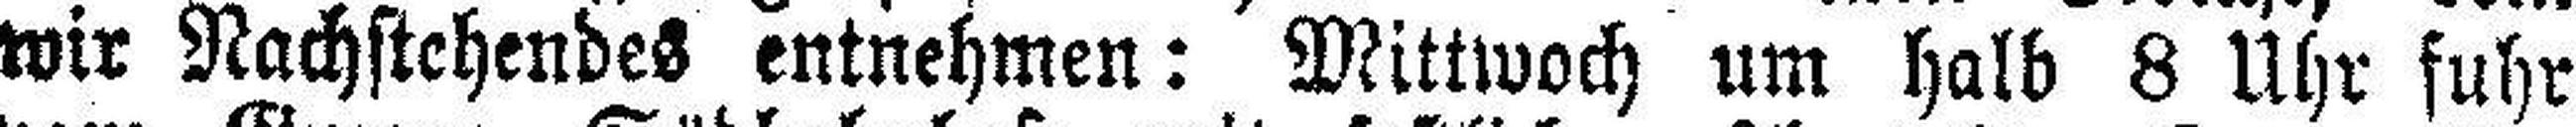
wir Nachstehendes entnehmen: Mittwoch um halb 8 Uhr fuhr